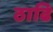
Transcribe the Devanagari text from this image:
ठाढि